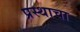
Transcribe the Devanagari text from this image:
प्रस्थाचा